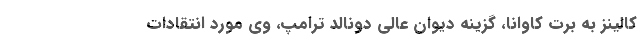
کالینز به برت کاوانا، گزینه دیوان عالی دونالد ترامپ، وی مورد انتقادات